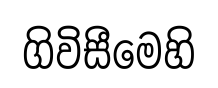
ගිවිසීමෙහි